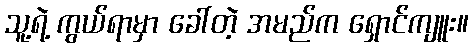
သူ့ရဲ့ ကွယ်ရာမှာ ခေါ်တဲ့ အမည်က ရှောင်ကျူး။